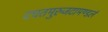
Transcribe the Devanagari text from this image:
दधतमुरुजटामण्डलं